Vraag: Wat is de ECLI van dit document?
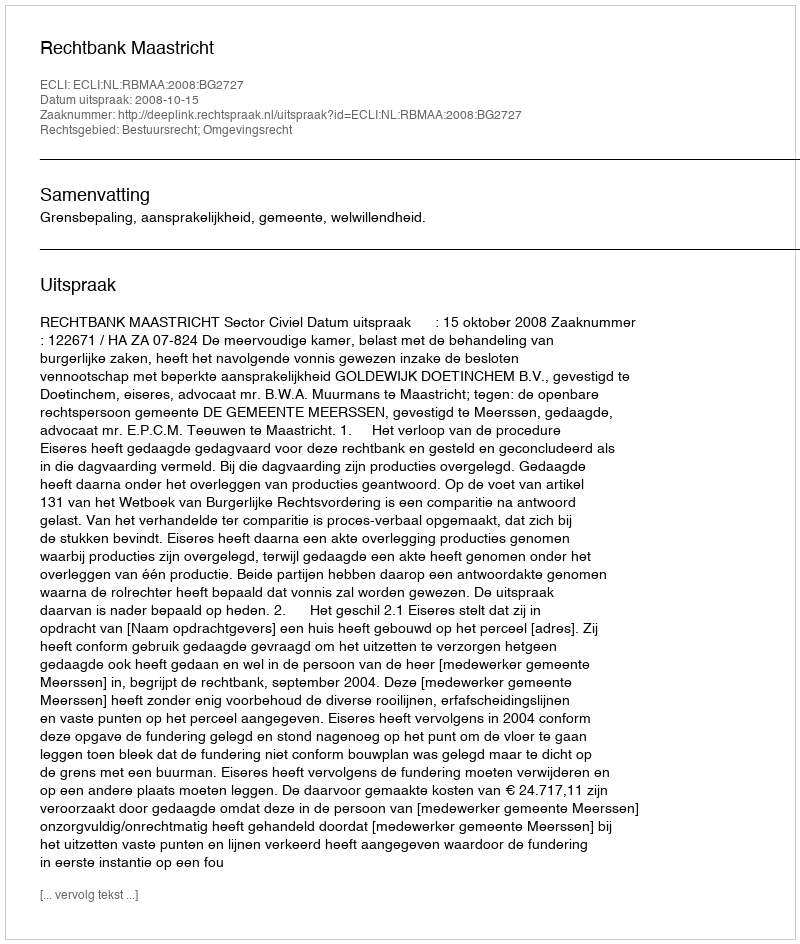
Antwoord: ECLI:NL:RBMAA:2008:BG2727